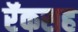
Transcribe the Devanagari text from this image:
रॅकसह